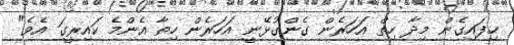
ހިފައިގެން މިދާ ހިތް އަހަރެން ގެންގުޅޭނީ އަހަރެން ހިތާ އެންމެ ކައިރީގަ އެވެ"